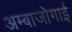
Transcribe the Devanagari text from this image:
अम्बाजोगाई